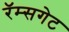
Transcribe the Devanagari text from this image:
रॅम्सगेट